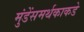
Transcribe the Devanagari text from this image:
मुंडेंसमर्थकाकडे